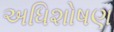
અધિશોષણ